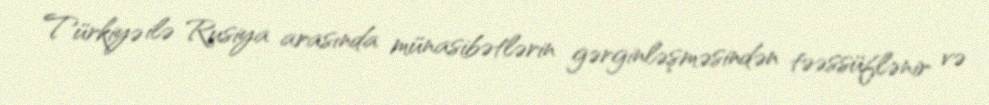
Türkiyə ilə Rusiya arasında münasibətlərin gərginləşməsindən təəssüflənir və